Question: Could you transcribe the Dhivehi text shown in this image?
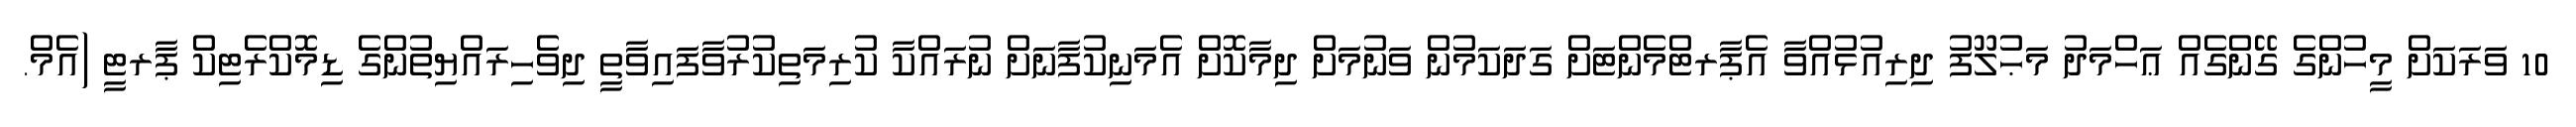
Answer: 10 ވަރަކަށް މީހުންގެ ގޭންގެއް ޢަހްމަދު މަޙުލޫފު ދިރިއުޅުއްވާ އެޕާރޓްމެންޓަށް ގަދަކަމުން ވަނުމަށް ދިމާކޮށް އެމަނިކުފާނަށް ނުރައްކާ ކުރިމަތިކުރުވާފައިވާތީ ދިވެހިރައްޔިތުންގެ ޑިމޮކްރެޓިކް ޕާރޓީ (އެމް.